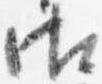
御